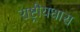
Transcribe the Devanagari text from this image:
राष्ट्रीयधारा